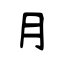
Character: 月